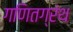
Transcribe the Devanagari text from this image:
गणितग्रंथ